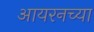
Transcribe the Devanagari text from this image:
आयरनच्या